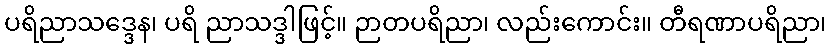
ပရိညာသဒ္ဒေန၊ ပရိ ညာသဒ္ဒါဖြင့်။ ဉာတပရိညာ၊ လည်းကောင်း။ တီရဏာပရိညာ၊